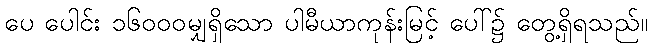
ပေ ပေါင်း ၁၆၀၀၀မျှရှိသော ပါမီယာကုန်းမြင့် ပေါ်၌ တွေ့ရှိရသည်။